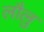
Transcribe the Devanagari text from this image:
लौलु